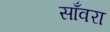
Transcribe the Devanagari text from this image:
साँवरा